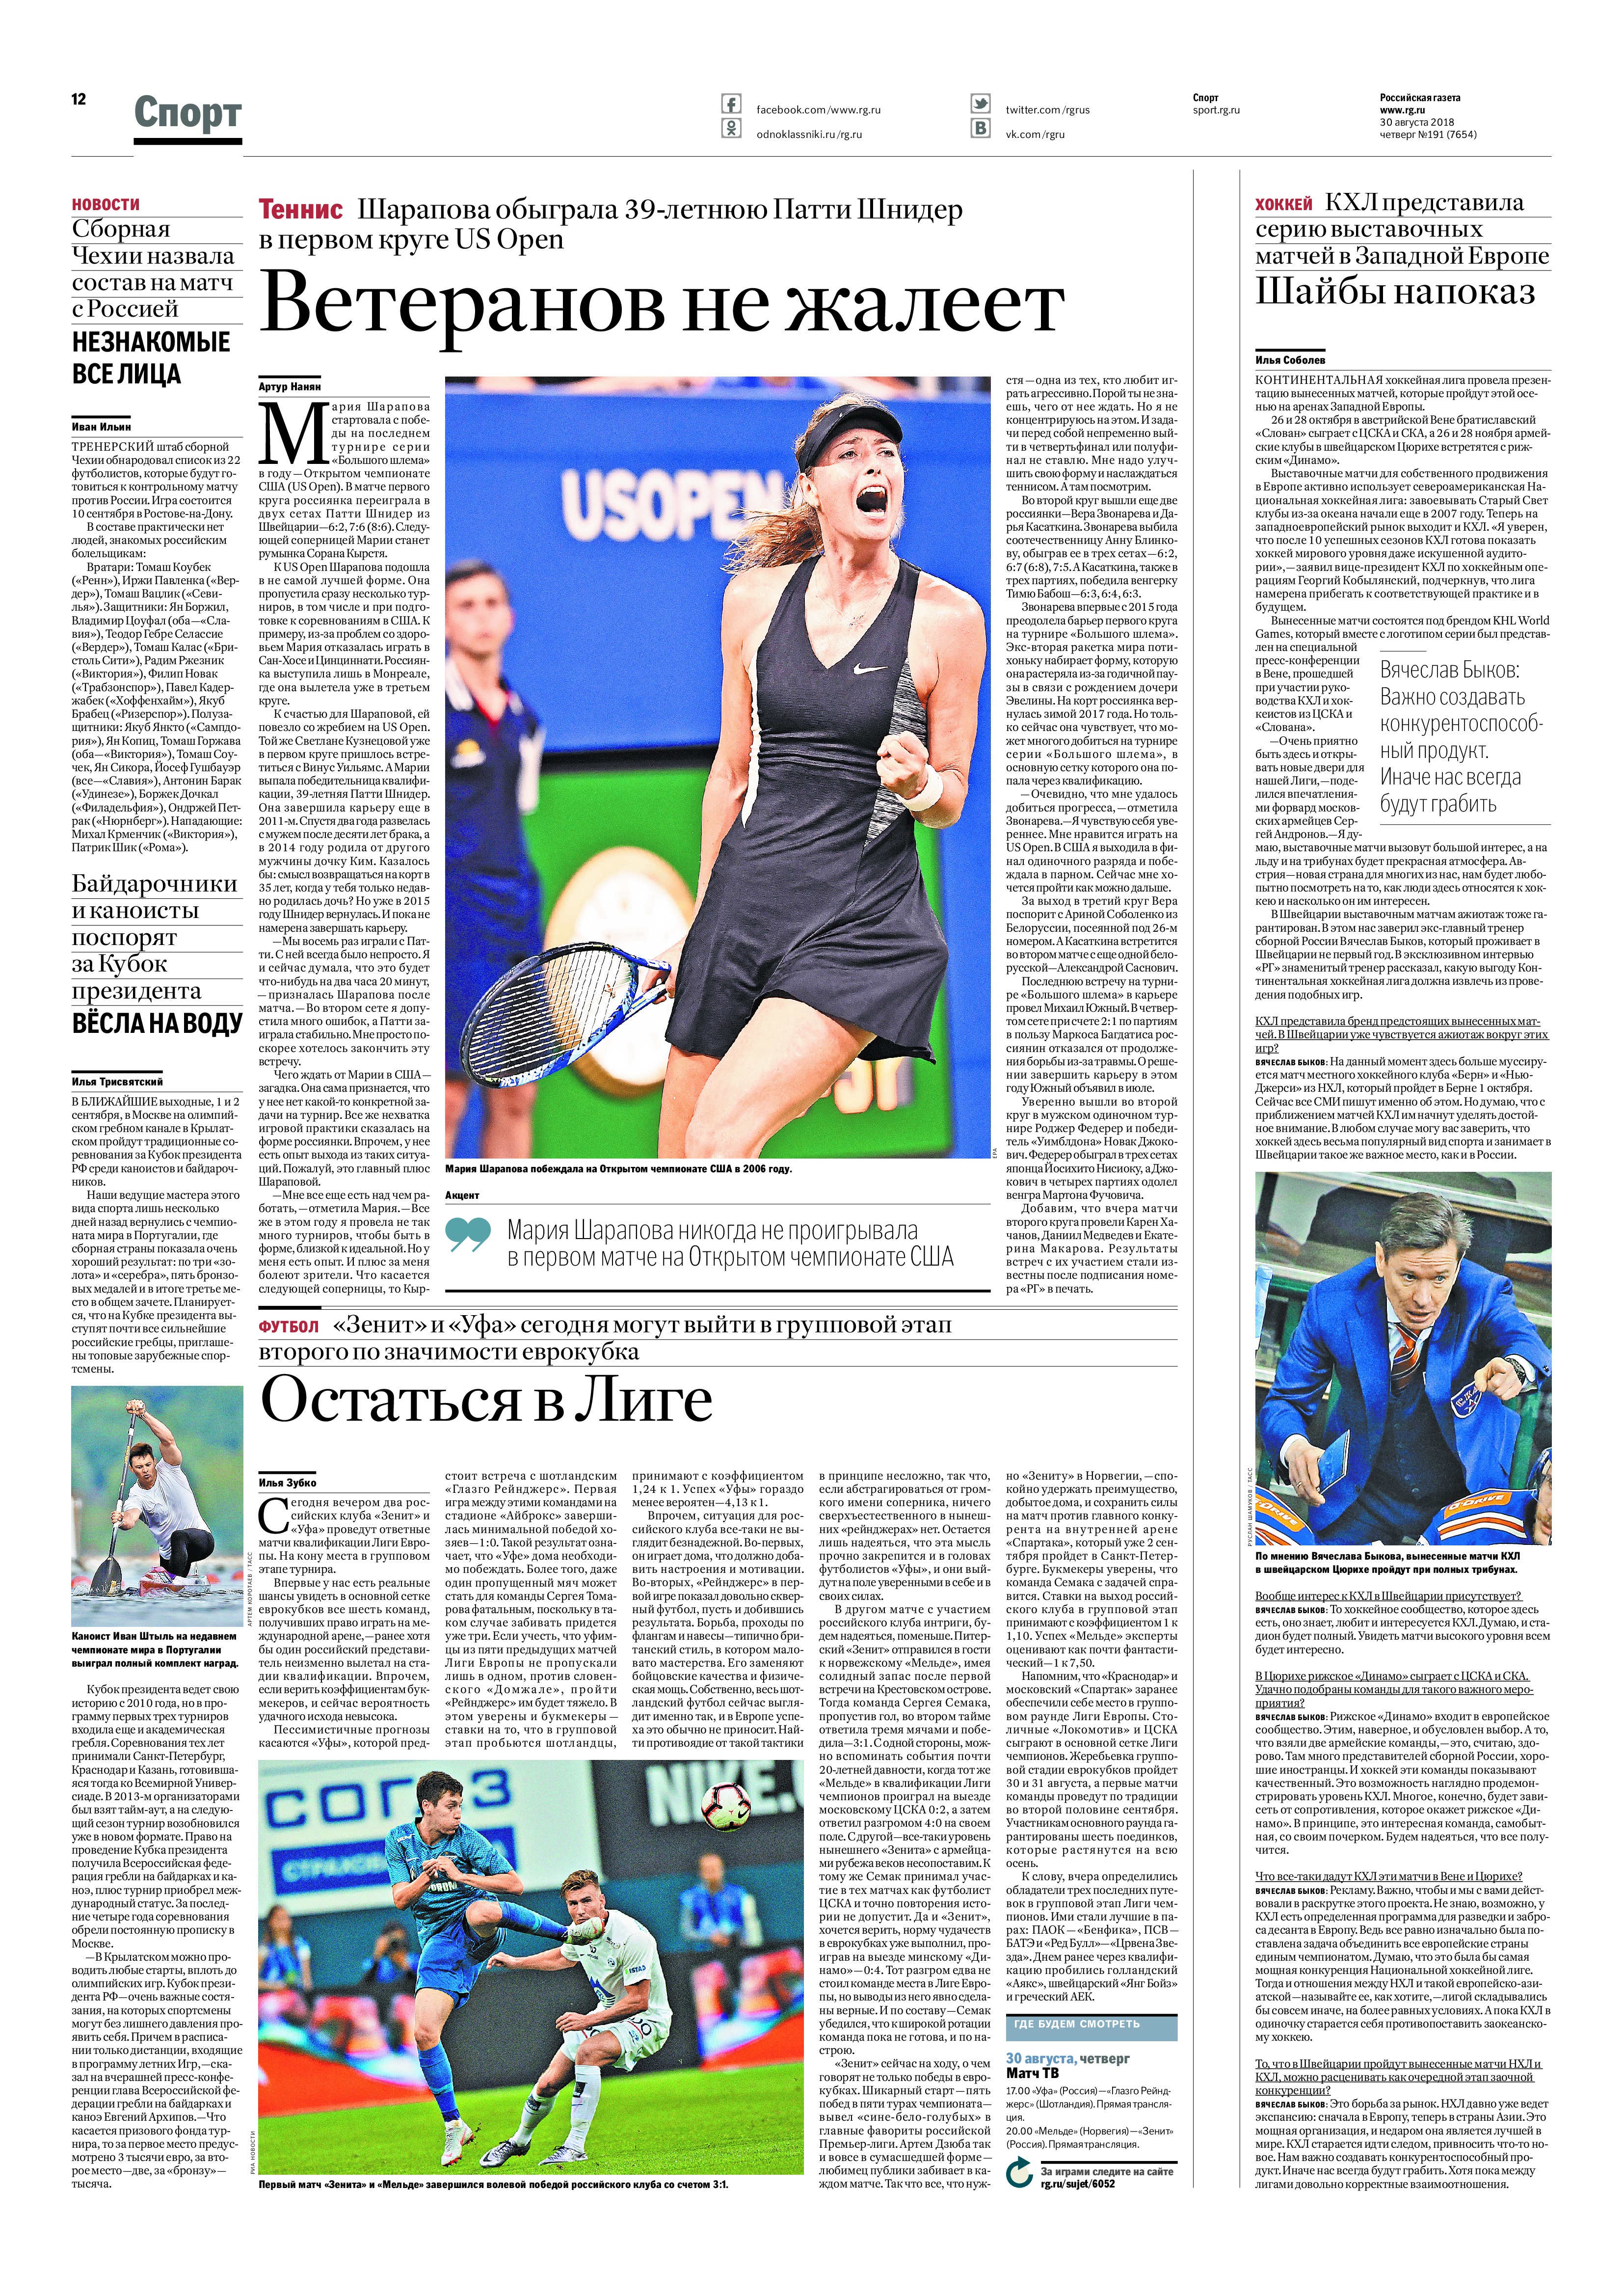
Language: ru